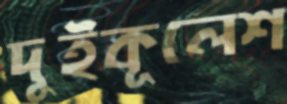
দুইকূলেশ